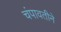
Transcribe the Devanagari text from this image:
चंपावतीने